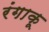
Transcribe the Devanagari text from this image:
रंगाकू